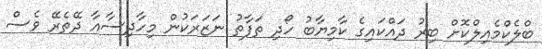
ބްލެކްމެއިލްކޮށް ބިރު ދައްކައިގެ ކާމިޔާބު ހޯދި ތަފާތު ނަޒަރަކުން މިހާދިސާއާ ދޭތެރޭ ވެސް